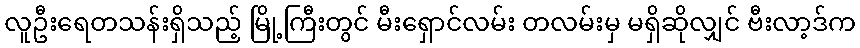
လူဦးရေတသန်းရှိသည့် မြို့ကြီးတွင် မီးရှောင်လမ်း တလမ်းမှ မရှိဆိုလျှင် ဗီးလာ့ဒ်က